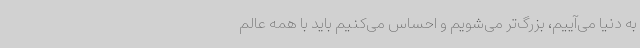
به دنیا می‌آییم، بزرگ‌تر می‌شویم و احساس می‌کنیم باید با همه عالم